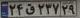
۲۴ق۲۳۷۲۹